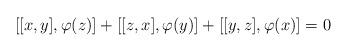
LaTeX: \begin{align*}[[x,y],\varphi(z)] + [[z,x],\varphi(y)] + [[y,z],\varphi(x)] = 0\end{align*}